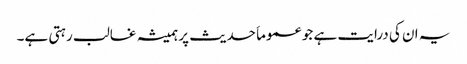
یہ ان کی درایت ہے جو عموماَ حدیث پر ہمیشہ غالب رہتی ہے۔